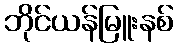
ဘိုင်ယန်မြူးနစ်